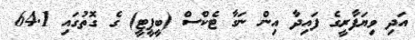
އަދި ވިޔަފާރީގެ ފައިދާ އިން ނަގާ ޓެކްސް (ބީޕީޓީ) ގެ ގޮތުގައި 64.1